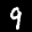
Label: 9